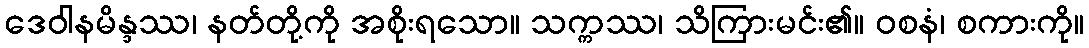
ဒေဝါနမိန္ဒဿ၊ နတ်တို့ကို အစိုးရသော။ သက္ကဿ၊ သိကြားမင်း၏။ ဝစနံ၊ စကားကို။